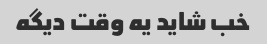
خب شاید یه وقت دیگه